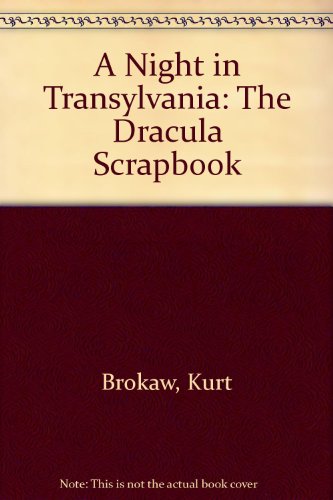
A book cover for A Night in Transylvania: The Dracula Scrapbook; Kurt Brokaw; History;